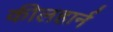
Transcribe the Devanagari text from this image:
कीलहार्न